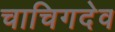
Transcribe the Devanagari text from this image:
चाचिगदेव